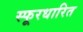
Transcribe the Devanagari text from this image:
स्फूरधारित